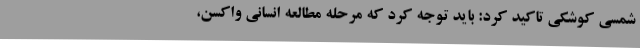
شمسی کوشکی تاکید کرد: باید توجه کرد که مرحله مطالعه انسانی واکسن،